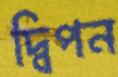
দ্বিপন